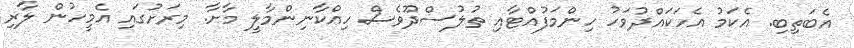
އެބަތިބި. އެކަމު އެހަކައްދުވަހު ހިންމަފުއްޓާއި ތުލުސްދޫވެސް ހިއްކާނިންމާލީ މާށާ. މިރަށުގައި އެމީހުން ލާރި